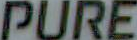
PURE